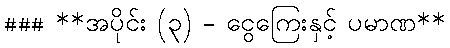
### **အပိုင်း (၃) - ငွေကြေးနှင့် ပမာဏ**